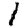
Digit: 1